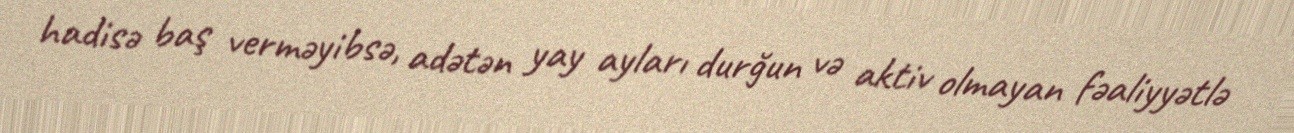
hadisə baş verməyibsə, adətən yay ayları durğun və aktiv olmayan fəaliyyətlə